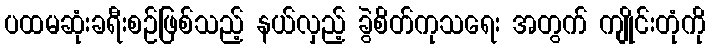
ပထမဆုံးခရီးစဉ်ဖြစ်သည့် နယ်လှည့် ခွဲစိတ်ကုသရေး အတွက် ကျိုင်းတုံကို